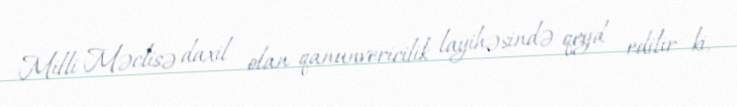
Milli Məclisə daxil olan qanunvericilik layihəsində qeyd edilir ki,